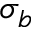
\sigma _ { b }